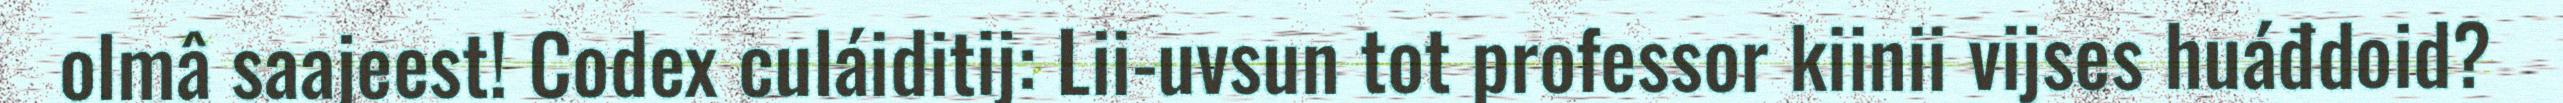
olmâ saajeest! Codex culáiditij: Lii-uvsun tot professor kiinii vijses huáđdoid?